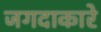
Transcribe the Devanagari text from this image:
जगदाकारे